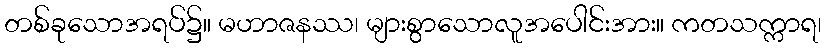
တစ်ခုသောအရပ်၌။ မဟာဇနဿ၊ များစွာသောလူအပေါင်းအား။ ကတသက္ကာရ၊